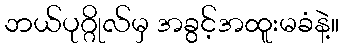
ဘယ်ပုဂ္ဂိုလ်မှ အခွင့်အထူးမခံနဲ့။